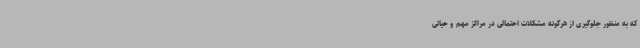
که به منظور جلوگیری از هرگونه مشکلات احتمالی در مراکز مهم و حیاتی